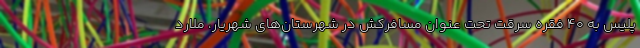
پلیس به ۴۰ فقره سرقت تحت عنوان مسافر‌کش در شهرستان‌های شهریار، ملارد